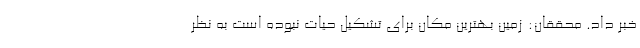
خبر داد. محققان: زمین بهترین مکان برای تشکیل حیات نبوده است به نظر